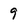
Character: 9